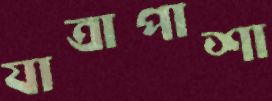
যাত্রাপাশা